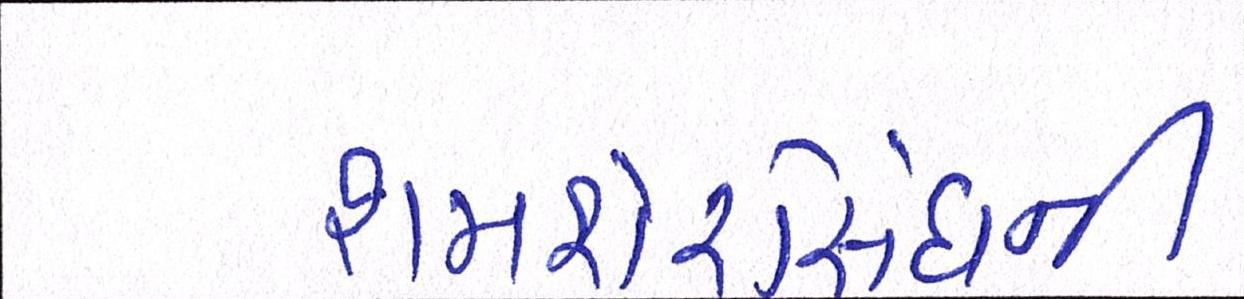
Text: શમશેરસિંઘની